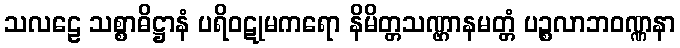
သလဠေ သစ္စာဓိဋ္ဌာနံ ပရိဝဋုမကရော နိမိတ္တသဏ္ဌာနမတ္တံ ပဉ္စလာဘဝဏ္ဏနာ